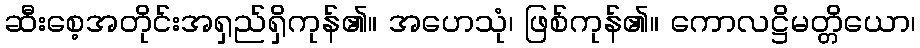
ဆီးစေ့အတိုင်းအရှည်ရှိကုန်၏။ အဟေသုံ၊ ဖြစ်ကုန်၏။ ကောလဋ္ဌိမတ္တိယော၊